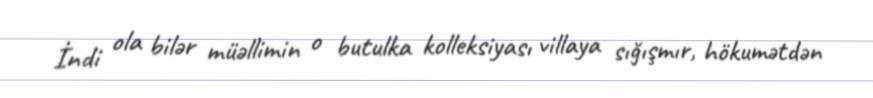
İndi ola bilər müəllimin o butulka kolleksiyası villaya sığışmır, hökumətdən